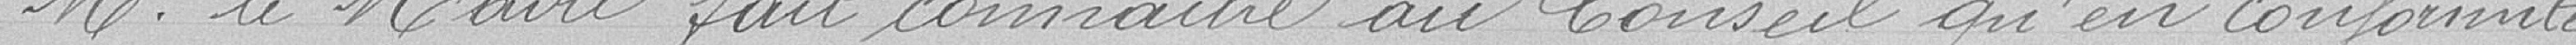
Monsieur le Maire fait connaitre au Conseil qu'en conformité